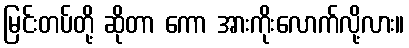
မြင်းတပ်တို့ ဆိုတာ ကော အားကိုးလောက်လို့လား။